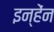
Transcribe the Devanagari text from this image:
इन्हेंन